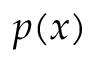
p ( x )